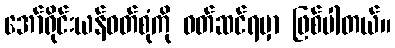
အော်ရိုင်းယန်ဝတ်စုံကို ဝတ်ဆင်ရမှာ ဖြစ်ပါတယ်။